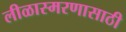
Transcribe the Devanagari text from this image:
लीळास्मरणासाठी